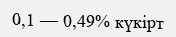
0,1 — 0,49% күкірт